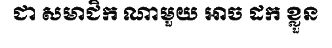
ជា សមាជិក ណាមួយ អាច ដក ខ្លួន